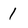
Character: 1